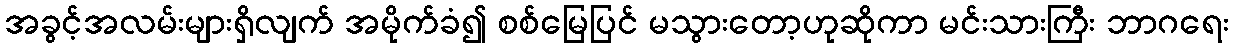
အခွင့်အလမ်းများရှိလျက် အမိုက်ခံ၍ စစ်မြေပြင် မသွားတော့ဟုဆိုကာ မင်းသားကြီး ဘာဂရေး